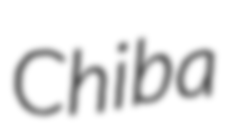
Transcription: Chiba